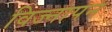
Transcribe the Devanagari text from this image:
विज्नापन